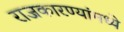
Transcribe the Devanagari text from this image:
राजकारण्यांमध्ये